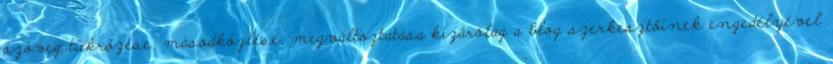
szöveg tükrözése, másodközlése, megváltoztatása kizárólag a blog szerkesztőinek engedélyével